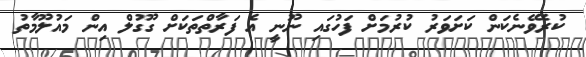
ކުރެވޭނެކަން ކަށަވަރު ކުރުމަށް ފަހުގައި ނޫނީ އެ ފަރާތްތަކަށް ގޫގުލް އިން މައުލޫމާތު